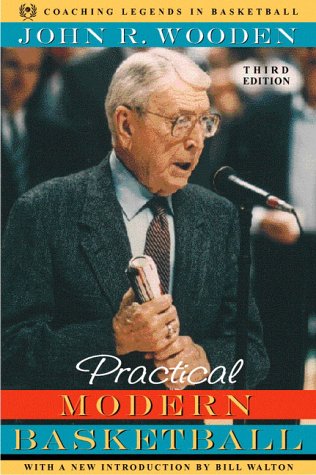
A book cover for Practical Modern Basketball (3rd Edition); John R. Wooden; Sports & Outdoors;